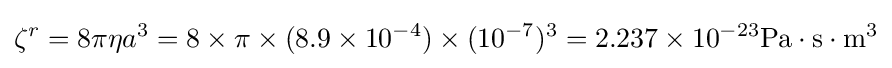
\zeta ^{r}=8\pi \eta a^{3}=8\times \pi \times (8.9\times 10^{-4})\times (10^{-7})^{3}=2.237\times 10^{-23}\mathrm {Pa} \cdot \mathrm {s} \cdot \mathrm {m} ^{3}